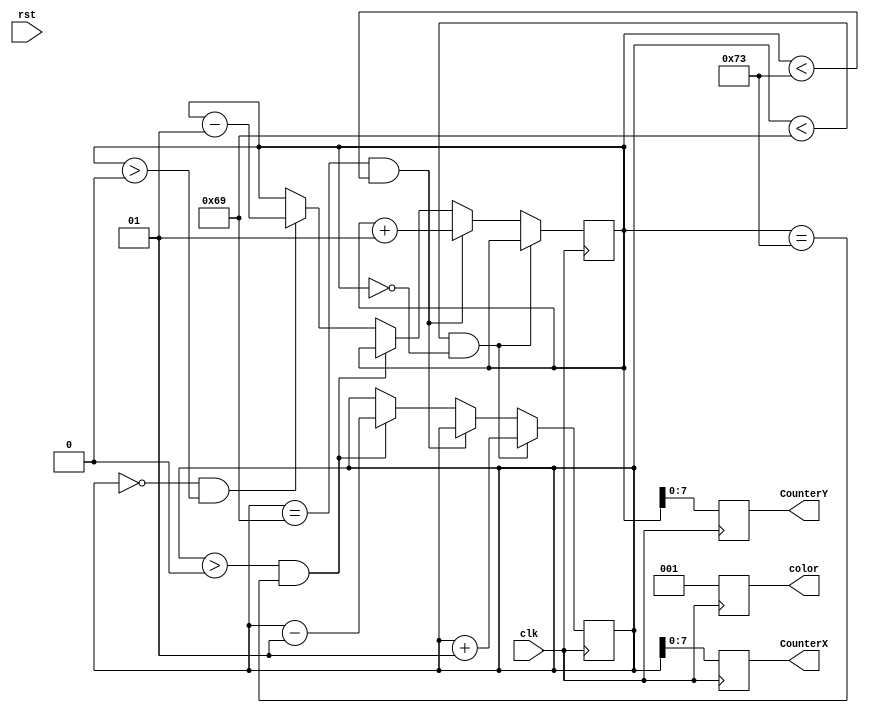
module background (clk, rst, CounterX, CounterY, color);
input clk, rst;
output reg [7:0] CounterX;
output reg [7:0] CounterY;
output reg [2:0] color;

integer X = 0;
integer Y = 0;

always @(posedge clk)
	begin
		if (X < 105 && Y == 0)
		begin
			X <= X + 1;
		end
		else if (X == 105 && Y < 115)
		begin
			Y <= Y + 1;
		end
		else if (X > 0 && Y == 115)
		begin
			X <= X - 1;
		end
		else if (X == 0 && Y > 0)
		begin
			Y <= Y - 1;
		end
		CounterX <= X;
		CounterY <= Y;
		color <= 3'b001;
	end

endmodule